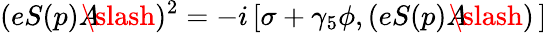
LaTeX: (eS(p)A\! \! \! \! \slash)^{2}=-i\left[\sigma+\gamma_{5}\phi,(eS(p)A\! \! \! \! \slash)\, \right]